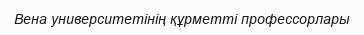
Вена университетінің құрметті профессорлары